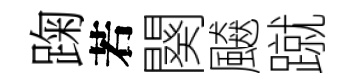
踘若闋飇蹴